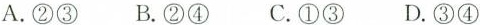
A. ② ③ B. ② ④ C. ① ③ D. ③ ④